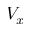
V _ { x }